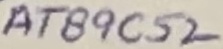
Text: AT89C52